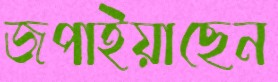
জপাইয়াছেন